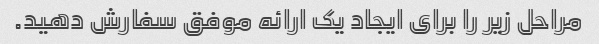
مراحل زیر را برای ایجاد یک ارائه موفق سفارش دهید.